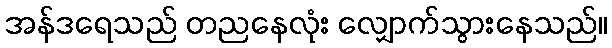
အန်ဒရေသည် တညနေလုံး လျှောက်သွားနေသည်။